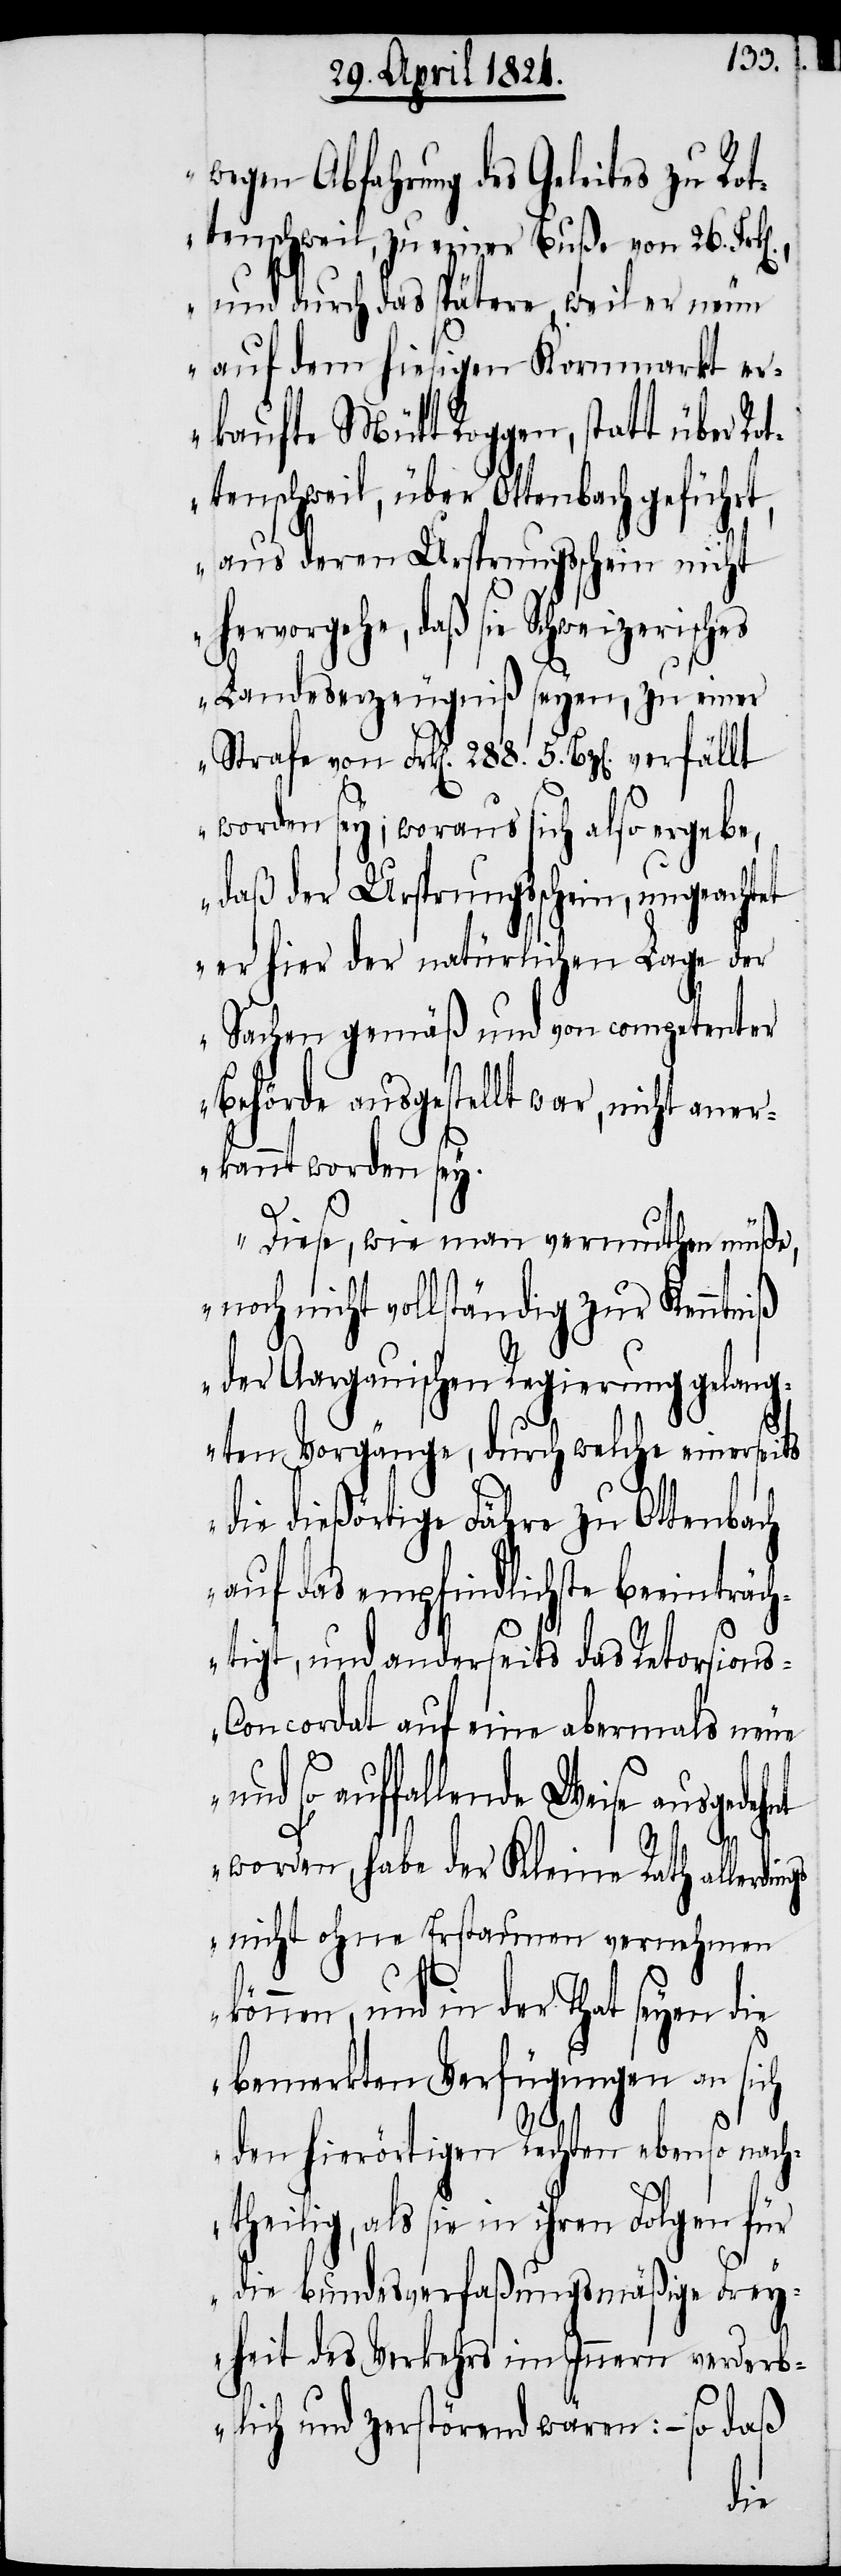
wegen Abfahrung des Geleites zu Rot¬
tenschweil, zu einer Buße von 26.
und durch das spätere, weil er neun
auf dem hiesigen Kornmarkt er¬
kaufte Mütt Roggen, statt über Rot¬
tenschweil, über Ottenbach geführt,
aus deren Ursprungsschein nicht
hervorgehe, daß sie Schweizerisch¬
es Landeserzeugniß seyen, zu einer
Strafe von Frk[en]. 288. 5. Bz[en]. verfällt
worden sey; woraus sich also ergebe,
daß der Ursprungsschein, ungeachtet
er hier der natürlichen Lage der
Sachen gemäß und von competenter
Behörde ausgestellt war, nicht aner¬
kannt worden sey.
Diese, wie man vermuthen müße,
noch nicht vollständig zur Kenntniß
der Aargauischen Regierung gelan¬
gten Vorgänge, durch welche einerseits
die dießörtige Fähre zu Ottenbach
auf das empfindlichste beeinträc¬
htigt, und anderseits das Retorsion¬
s-Concordat auf eine abermals neue
so auffallende Weise ausgede¬
worden, habe der Kleine Rath allerdin¬
gs nicht ohne Erstaunen vernehmen
und in der That seyen die
bemerkten Verfügungen an sich
den hierörtigen Rechten ebenso nach¬
theilig, als sie in ihren Fol¬
die bundesverfaßungsmäßige Frey¬
heit des Verkehrs im Innern verderb¬
lich und zerstörend wären: – so daß
gen